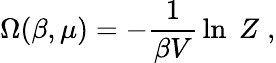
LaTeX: \Omega(\beta,\mu)=-{\frac{1}{\beta V}}\ln\; Z\; ,